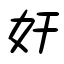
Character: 奸